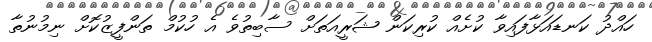
ހައްދު ކަނޑައަޅާފައިވާ ކުށެއް ކުރިކަން ޝަރީއަތަށް ސާބިތުވެ އެ ހުކުމް ތަންފީޒުކޮށް ނިމުނުތާ